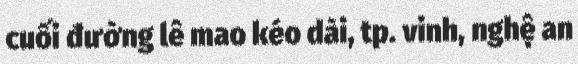
cuối đường lê mao kéo dài, tp. vinh, nghệ an